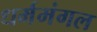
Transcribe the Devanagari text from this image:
धर्ममंगल